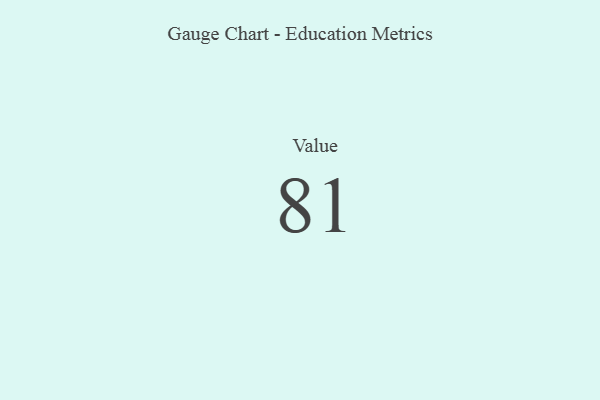
{"axis": {"x": "Metric", "y": "Value"}, "legend": [""], "data": [{"x": "Value", "y": 81, "type": ""}]}